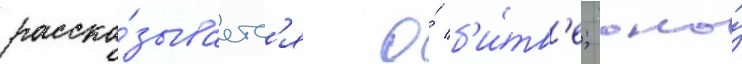
расска́зываетс'я о́ б'и́тв'е; оно́